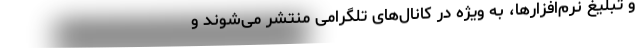
و تبلیغ نرم‌افزارها، به ویژه در کانال‌های تلگرامی منتشر می‌شوند و